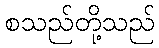
စသည်တို့သည်